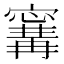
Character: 𭔝